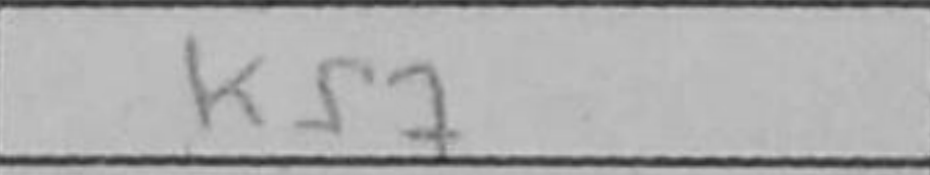
Transcription: Kf7